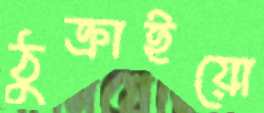
ঠুক্‌রাইয়ো